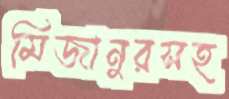
মিজানুরসহ